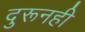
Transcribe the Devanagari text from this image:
दुरूनही